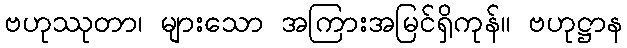
ဗဟုဿုတာ၊ များသော အကြားအမြင်ရှိကုန်။ ဗဟုဋ္ဌာန